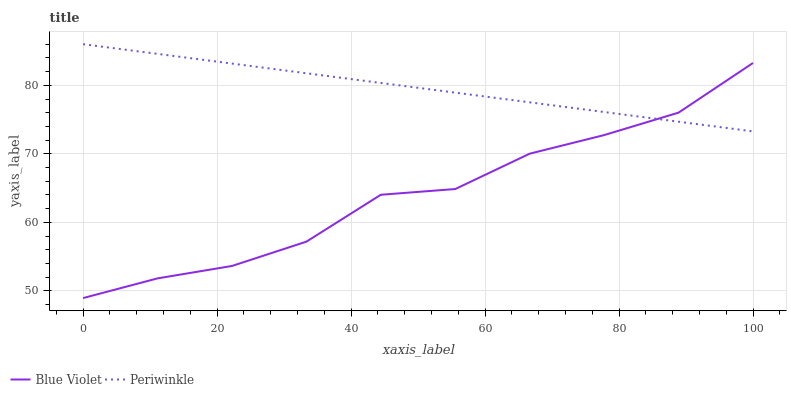
| xaxis_label | Blue Violet | Periwinkle |
 | --- | --- | --- |
 | 0 | 48.9 | 86 |
 | 11.1 | 51.8 | 84.6 |
 | 22.2 | 53.6 | 83.2 |
 | 33.3 | 57.2 | 81.8 |
 | 44.4 | 64 | 80.3 |
 | 55.6 | 64.9 | 78.9 |
 | 66.7 | 70 | 77.5 |
 | 77.8 | 72.7 | 76.1 |
 | 88.9 | 76 | 74.7 |
 | 100 | 83.3 | 73.3 |